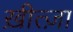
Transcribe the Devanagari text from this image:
ख़ीत्ज़ा